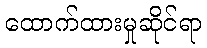
ထောက်ထားမှုဆိုင်ရာ